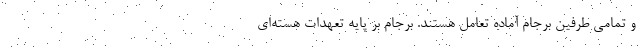
و تمامی طرفین برجام آماده تعامل هستند. برجام بر پایه تعهدات هسته‌ای